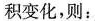
积变化，则：